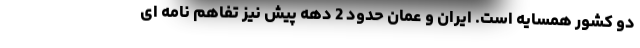
دو کشور همسایه است. ایران و عمان حدود 2 دهه پیش نیز تفاهم نامه ای